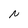
Character: N